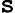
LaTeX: \mathtt{s}